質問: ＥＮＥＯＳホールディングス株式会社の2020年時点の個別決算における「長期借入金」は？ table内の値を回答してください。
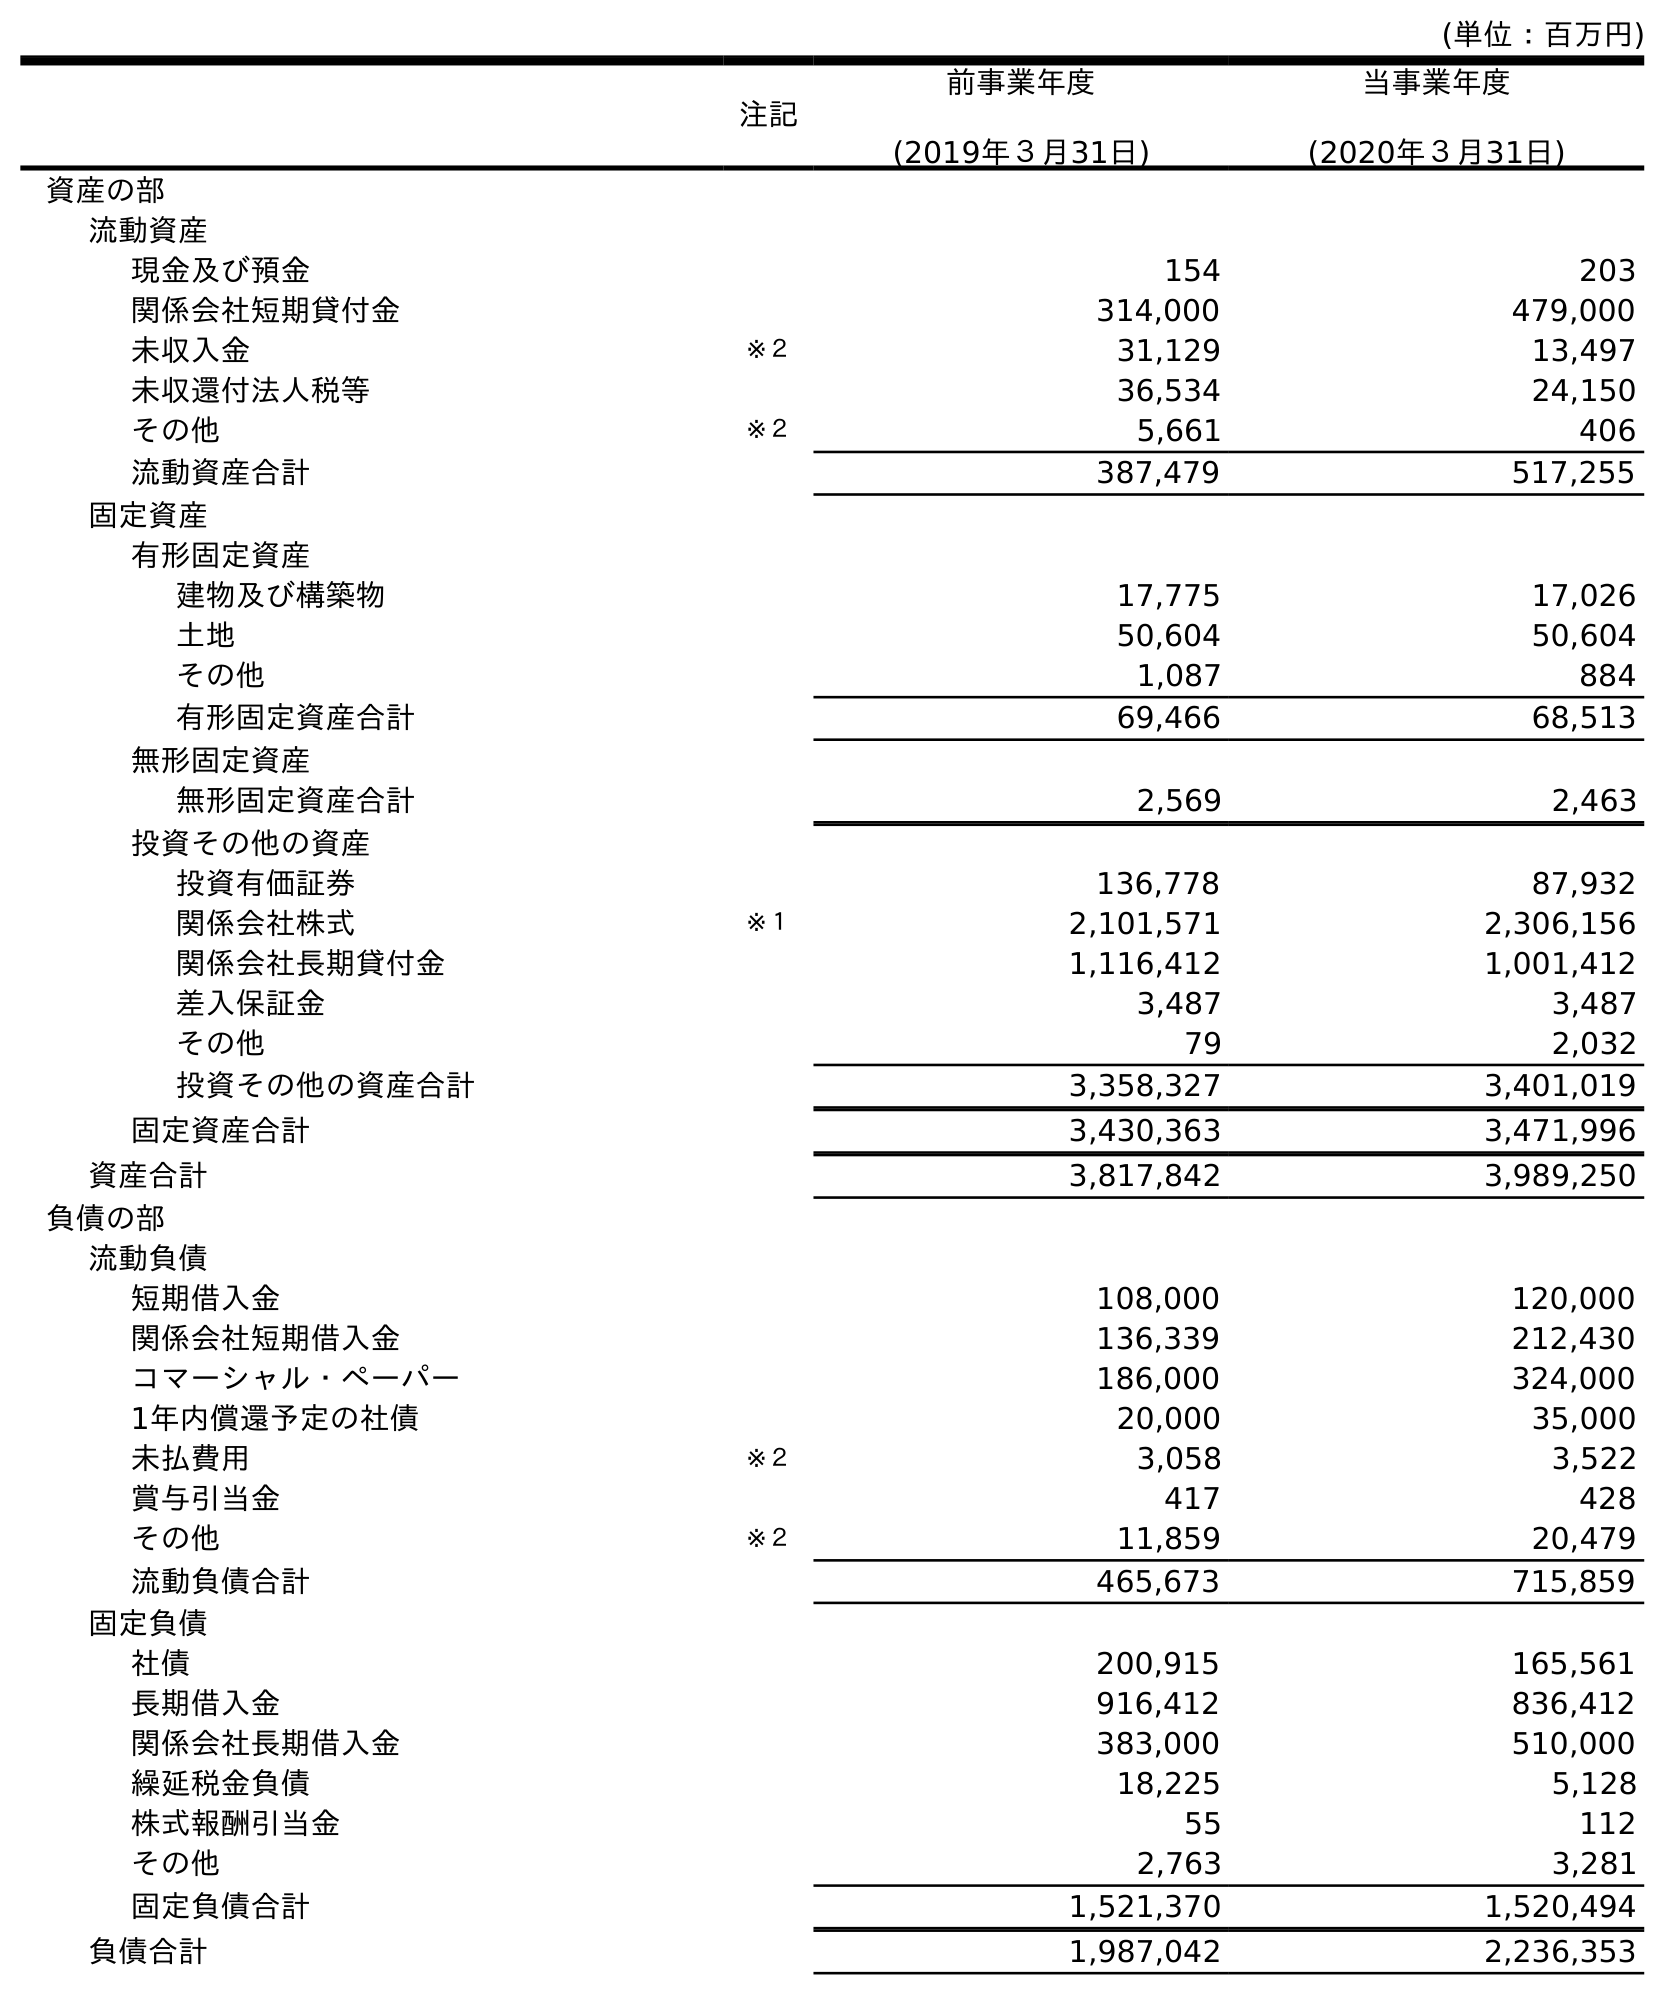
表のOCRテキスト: (単位：百万円) 注記 前事業年度 (2019年３月31日) 当事業年度 (2020年３月31日) 資産の部 流動資産 現金及び預金 154 203 関係会社短期貸付金 314,000 479,000 未収入金 ※２ 31,129 13,497 未収還付法人税等 36,534 24,150 その他 ※２ 5,661 406 流動資産合計 387,479 517,255 固定資産 有形固定資産 建物及び構築物 17,775 17,026 土地 50,604 50,604 その他 1,087 884 有形固定資産合計 69,466 68,513 無形固定資産 無形固定資産合計 2,569 2,463 投資その他の資産 投資有価証券 136,778 87,932 関係会社株式 ※１ 2,101,571 2,306,156 関係会社長期貸付金 1,116,412 1,001,412 差入保証金 3,487 3,487 その他 79 2,032 投資その他の資産合計 3,358,327 3,401,019 固定資産合計 3,430,363 3,471,996 資産合計 3,817,842 3,989,250 負債の部 流動負債 短期借入金 108,000 120,000 関係会社短期借入金 136,339 212,430 コマーシャル・ペーパー 186,000 324,000 1年内償還予定の社債 20,000 35,000 未払費用 ※２ 3,058 3,522 賞与引当金 417 428 その他 ※２ 11,859 20,479 流動負債合計 465,673 715,859 固定負債 社債 200,915 165,561 長期借入金 916,412 836,412 関係会社長期借入金 383,000 510,000 繰延税金負債 18,225 5,128 株式報酬引当金 55 112 その他 2,763 3,281 固定負債合計 1,521,370 1,520,494 負債合計 1,987,042 2,236,353
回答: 836,412